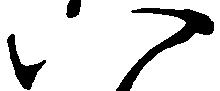
八